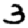
Digit: 3